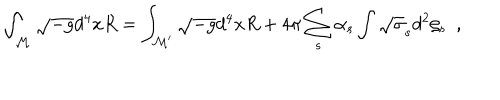
\int _ { \cal M } \sqrt { - g } d ^ { 4 } x R = \int _ { \cal M ^ { \prime } } \sqrt { - g } d ^ { 4 } x R + 4 \pi \sum _ { s } \alpha _ { s } \int \sqrt { \sigma } _ { s } d ^ { 2 } \zeta _ { s } ~ ~ ,